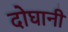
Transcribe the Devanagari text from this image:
दोघानी